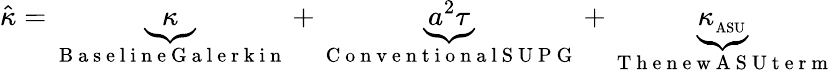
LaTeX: \hat{\kappa}=\underbrace{\kappa}_{\mathrm{~B~a~s~e~l~i~n~e~G~a~l~e~r~k~i~n~}}+\underbrace{a^{2}\tau}_{\mathrm{~C~o~n~v~e~n~t~i~o~n~a~l~S~U~P~G~}}+\underbrace{\kappa_{_\mathrm{ASU}}}_{\mathrm{~T~h~e~n~e~w~A~S~U~t~e~r~m~}}